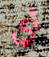
أي